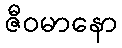
ဇီဝမာနော